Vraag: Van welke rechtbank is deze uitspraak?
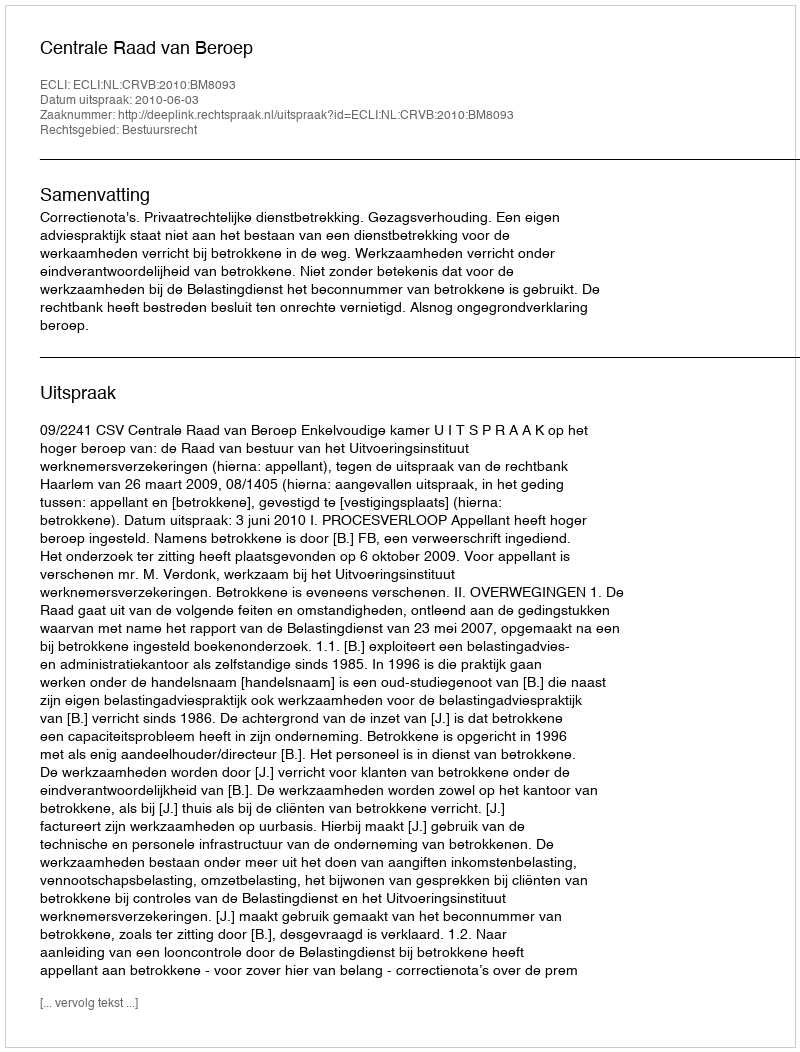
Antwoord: Centrale Raad van Beroep